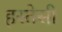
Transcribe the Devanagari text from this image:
हस्तेसी